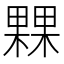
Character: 𣛕